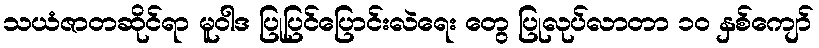
သယံဇာတဆိုင်ရာ မူဝါဒ ပြုပြင်ပြောင်းလဲရေး တွေ ပြုလုပ်လာတာ ၁၀ နှစ်ကျော်